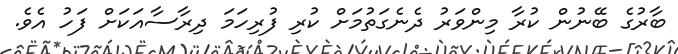
ބާރުގެ ބޭނުން ކުރާ މިންވަރު ދެނެގަތުމަށް ކުރި ފުރިހަމަ ދިރާސާއަކަށް ފަހު އެވެ.